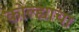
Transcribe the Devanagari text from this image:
कोल्ह्याचा